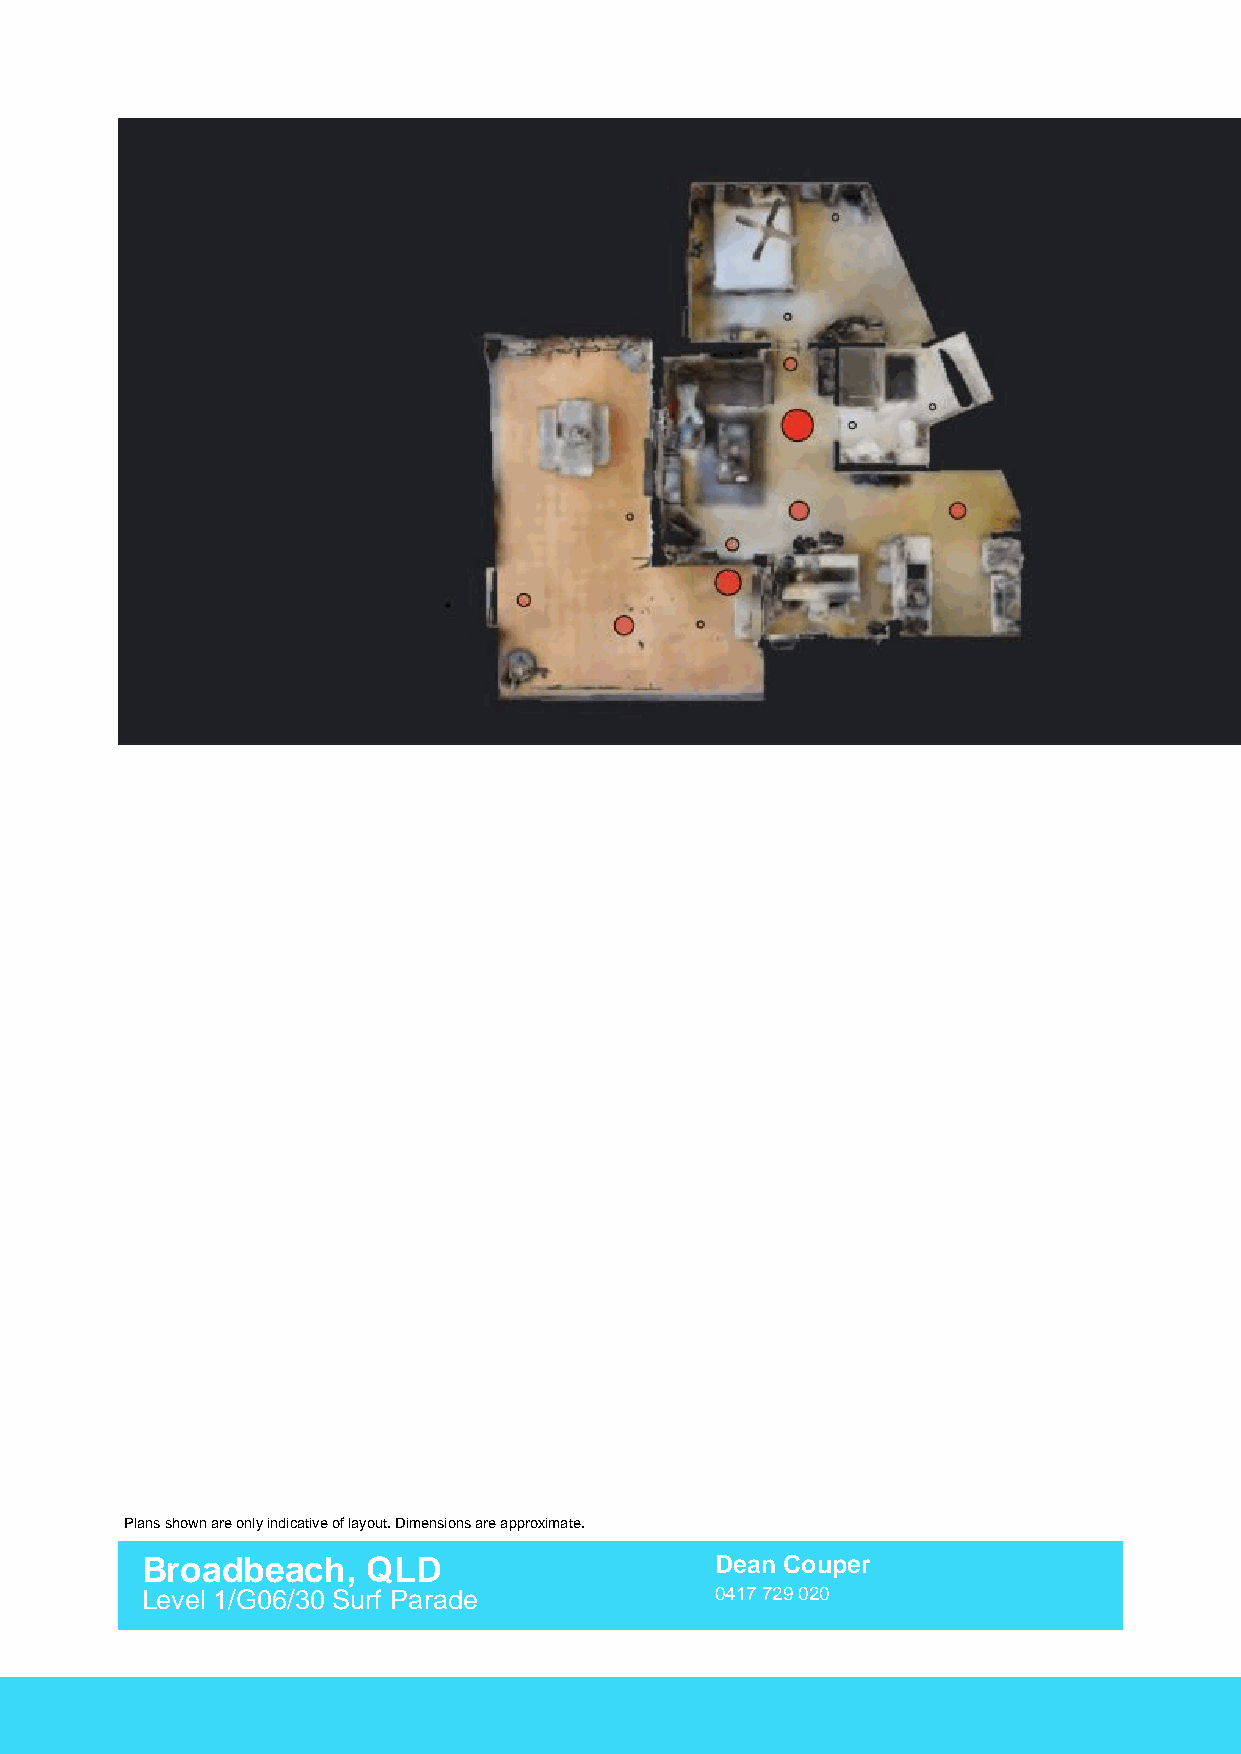
Plans shown are only indicative of layout. Dimensions are approximate.
 Broadbeach,    QLD                    Dean Couper
 Level 1/G06/30 Surf Parade            0417 729 020